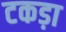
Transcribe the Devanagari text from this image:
टकड़ा